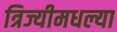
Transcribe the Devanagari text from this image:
त्रिज्यीमधल्या